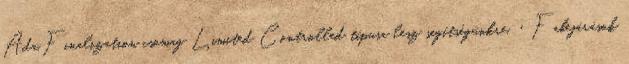
Ada.Finalization csomag Limited Controlled típusa lesz segítségünkre. ‹ Fabejárások